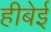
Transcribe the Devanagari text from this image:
हीबेई